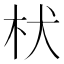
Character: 枤